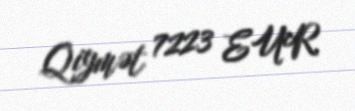
Qiymət 7223 EUR